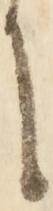
に